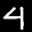
Label: 4